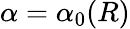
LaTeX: \alpha=\alpha_{0}(R)